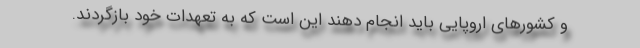
و کشورهای اروپایی باید انجام دهند این است که به تعهدات خود بازگردند.